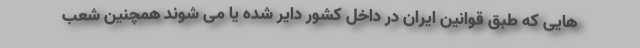
هایی که طبق قوانین ایران در داخل کشور دایر شده یا می شوند همچنین شعب